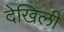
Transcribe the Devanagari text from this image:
देखिली